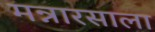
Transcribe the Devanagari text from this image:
मन्नारसाला